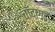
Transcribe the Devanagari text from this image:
चाँदागढ